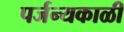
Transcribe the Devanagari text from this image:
पर्जन्यकाळी